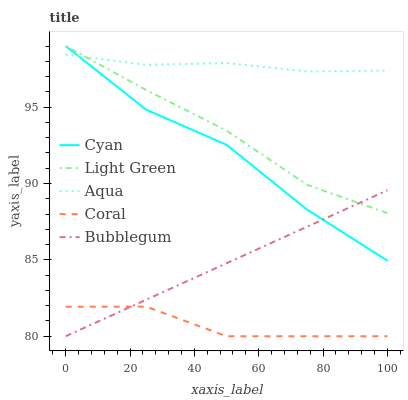
| xaxis_label | Cyan | Light Green | Aqua | Coral | Bubblegum |
 | --- | --- | --- | --- | --- | --- |
 | 0 | 99 | 99 | 98.4 | 81.9 | 80 |
 | 25 | 94.8 | 96.1 | 97.8 | 81.9 | 82.4 |
 | 50 | 92.5 | 93.5 | 97.9 | 80 | 84.8 |
 | 75 | 88.3 | 89.9 | 97.3 | 80 | 87.2 |
 | 100 | 84.9 | 88.1 | 97.4 | 80 | 89.6 |